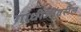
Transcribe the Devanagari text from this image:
गांधीजींवरील